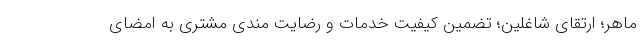
ماهر؛ ارتقای شاغلین؛ تضمین کیفیت خدمات و رضایت مندی مشتری به امضای